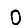
Digit: 0